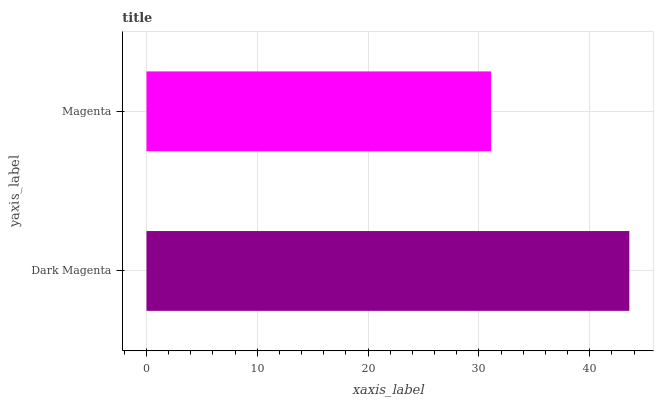
| yaxis_label | bars |
 | --- | --- |
 | Dark Magenta | 43.6 |
 | Magenta | 31.1 |